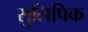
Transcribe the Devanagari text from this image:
सुलिपिक